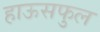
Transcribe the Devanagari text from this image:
हाऊसफुल